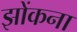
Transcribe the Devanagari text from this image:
झोंकना